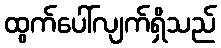
ထွက်ပေါ်လျက်ရှိသည်